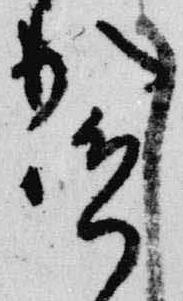
賀